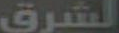
الشرق